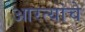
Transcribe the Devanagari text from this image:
आरत्यांचे